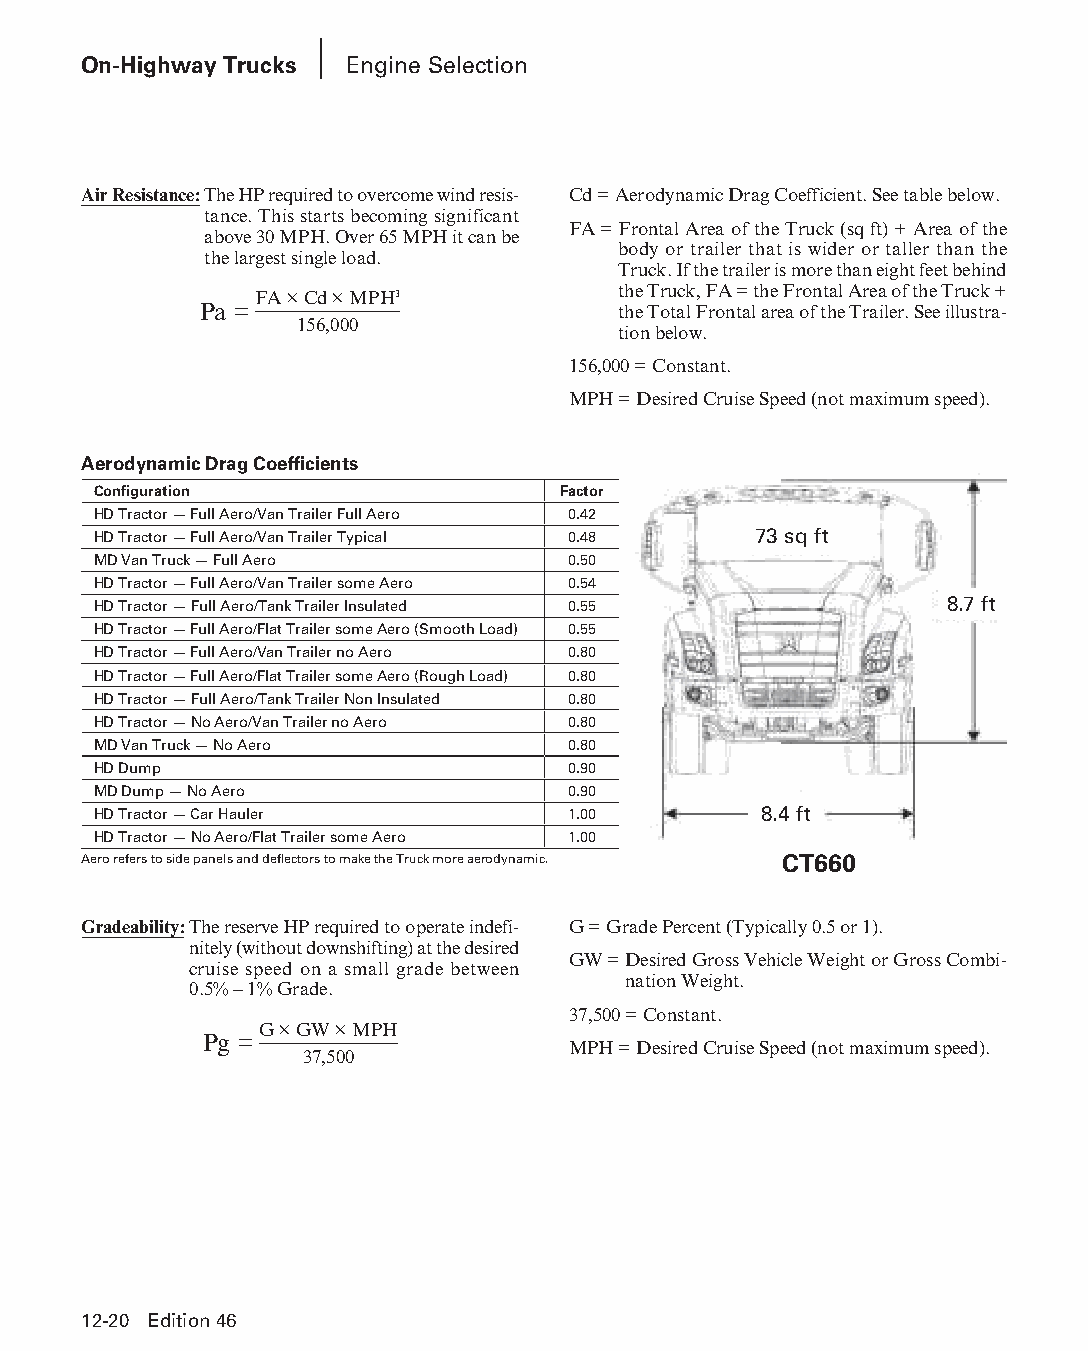
On-Highway Trucks Engine Selection
 Air Resistance: The HP required to overcome wind resis- Cd = Aerodynamic Drag Coefficient. See table below.
 tance. This starts becoming significant
 FA = Frontal Area of the Truck (sq ft) + Area of the
 above 30 MPH. Over 65 MPH it can be
 body or trailer that is wider or taller than the
 the largest single load.
 Truck. If the trailer is more than eight feet behind
 the Truck, FA = the Frontal Area of the Truck +
 FA × Cd × MPH3
 Pa =                       the Total Frontal area of the Trailer. See illustra-
 156,000
 tion below.
 156,000 = Constant.
 MPH = Desired Cruise Speed (not maximum speed).
 Aerodynamic Drag Coefficients
 Configuration                 Factor
 HD Tractor — Full Aero/Van Trailer Full Aero 0.42
 HD Tractor — Full Aero/Van Trailer Typical 0.48 73 sq ft
 MD Van Truck — Full Aero       0.50
 HD Tractor — Full Aero/Van Trailer some Aero 0.54
 HD Tractor — Full Aero/Tank Trailer Insulated 0.55      8.7 ft
 HD Tractor — Full Aero/Flat Trailer some Aero (Smooth Load) 0.55
 HD Tractor — Full Aero/Van Trailer no Aero 0.80
 HD Tractor — Full Aero/Flat Trailer some Aero (Rough Load) 0.80
 HD Tractor — Full Aero/Tank Trailer Non Insulated 0.80
 HD Tractor — No Aero/Van Trailer no Aero 0.80
 MD Van Truck — No Aero         0.80
 HD Dump                        0.90
 MD Dump — No Aero              0.90
 HD Tractor — Car Hauler        1.00         8.4 ft
 HD Tractor — No Aero/Flat Trailer some Aero 1.00
 Aero refers to side panels and deflectors to make the Truck more aerodynamic. CT660
 Gradeability: The reserve HP required to operate indef i- G = Grade Percent (Typically 0.5 or 1).
 nitely (without downshifting) at the desired
 GW = Desired Gross Vehicle Weight or Gross Combi-
 cruise speed on a small grade between
 nation Weight.
 0.5% – 1% Grade.
 37,500 = Constant.
 G × GW × MPH
 Pg =
 MPH = Desired Cruise Speed (not maximum speed).
 37,500
 12-20 Edition 46
 PPHHBB--SSeecc1122--1166..iinndddd 2200                        1122//44//1155 1100::4477 AAMM